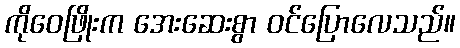
ကိုဝေဖြိုးက အေးဆေးစွာ ဝင်ပြောလေသည်။